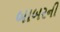
બાબરની